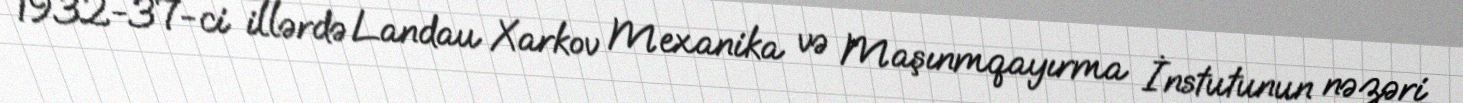
1932-37-ci illərdə Landau Xarkov Mexanika və Maşınmqayırma İnstutunun nəzəri